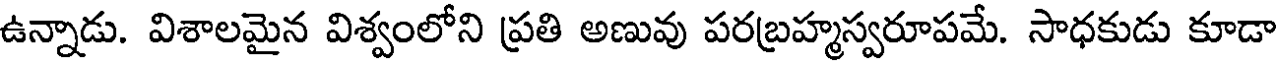
ఉన్నాడు. విశాలమైన విశ్వంలోని ప్రతి అణువు పరబ్రహ్మస్వరూపమే. సాధకుడు కూడా